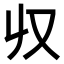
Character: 𠬞